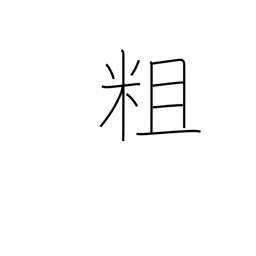
Meaning: rugged